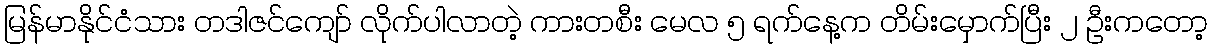
မြန်မာနိုင်ငံသား တဒါဇင်ကျော် လိုက်ပါလာတဲ့ ကားတစီး မေလ ၅ ရက်နေ့က တိမ်းမှောက်ပြီး ၂ ဦးကတော့